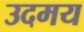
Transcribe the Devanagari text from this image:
उदमय